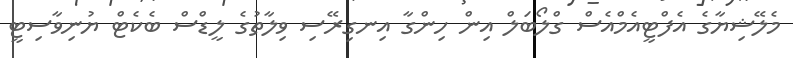
މެލޭޝިޔާގެ އެފްޓީއެމްއެސް ގްލޯބަލް އިން ހިންގާ އިނގިރޭސި ވިލާތުގެ ލީޑްސް ބެކެޓް ޔުނިވާސިޓީ